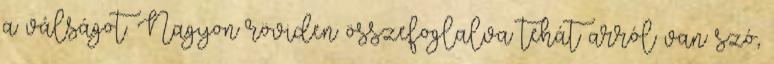
a válságot. Nagyon röviden összefoglalva tehát arról van szó,